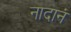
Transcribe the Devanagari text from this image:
नादानं